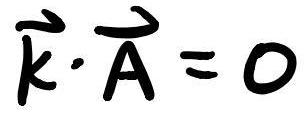
$\vec{k}\cdot\vec{A}=0$